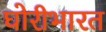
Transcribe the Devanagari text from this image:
घोरीभारत